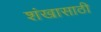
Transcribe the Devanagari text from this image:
शंखासाठी